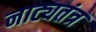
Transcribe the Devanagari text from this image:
नाट्यतंत्र